Report on vaccination in Madras 1904-1921 - 1904-1921
Year: 1904
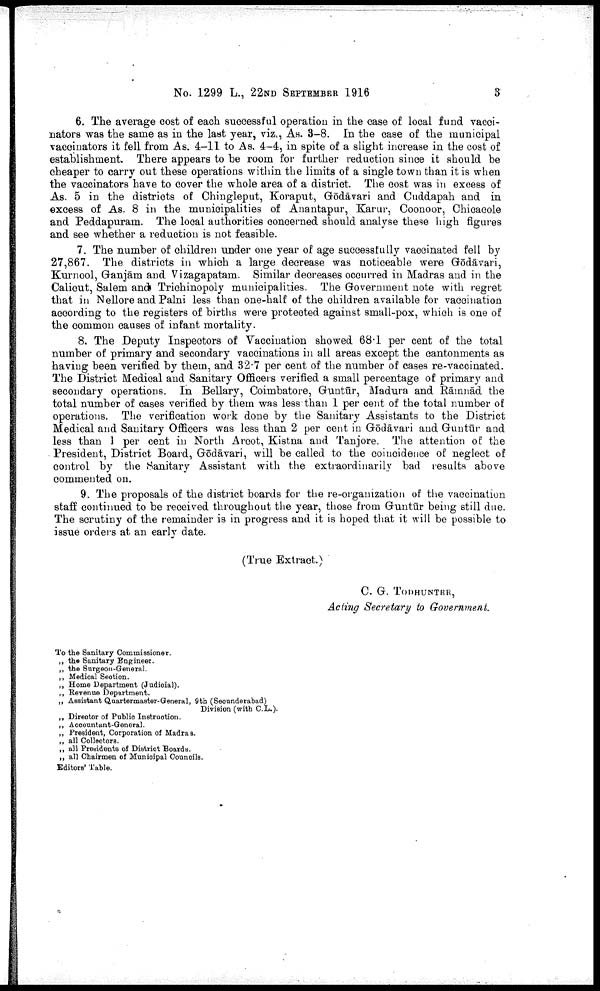
No. 1299 L., 22ND SEPTEMBER 1916
3
6. The average cost of each successful operation in the case of local fund vacci
nators was the same as in the last year, viz., As. 3-8. In the case of the municipal
vaccinators it fell from As. 4-11 to As. 4-4, in spite of a slight increase in the cost of
establishment. There appears to be room for further reduction since it should be
cheaper to carry out these operations within the limits of a single town than it is when
the vaccinators have to cover the whole area of a district. The cost was in excess of
As. 5 in the districts of Chingleput, Koraput, Gōdāvari and Cuddapah and in
excess of As. 8 in the municipalities of Anantapur, Karur, Coonoor, Chicacole
and Peddapuram. The local authorities concerned should analyse these high figures
and see whether a reduction is not feasible.
7. The number of children under one year of age successfully vaccinated fell by
27,867. The districts in which a large decrease was noticeable were Gōdāvari,
Kurnool, Ganjām and Vizagapatam. Similar decreases occurred in Madras and in the
Calicut, Salem and Trichinopoly municipalities. The Government note with regret
that in Nellore and Palni less than one-half of the children available for vaccination
according to the registers of births were protected against small-pox, which is one of
the common causes of infant mortality.
8. The Deputy Inspectors of Vaccination showed 68.1 per cent of the total
number of primary and secondary vaccinations in all areas except the cantonments as
having been verified by them, and 32.7 per cent of the number of cases re-vaccinated.
The District Medical and Sanitary Officers verified a small percentage of primary and
secondary operations. In Bellary, Coimbatore, Guntūr, Madura and Rāmnād the
total number of cases verified by them was less than 1 per cent of the total number of
operations. The verification work done by the Sanitary Assistants to the District
Medical and Sanitary Officers was less than 2 per cent in Gōdāvari and Guntūr and
less than 1 per cent in North Arcot, Kistna and Tanjore. The attention of the
President, District Board, Gōdavari, will be called to the coincidence of neglect of
control by the Sanitary Assistant with the extraordinarily bad results above
commented on.
9. The proposals of the district boards for the re-organization of the vaccination
staff continued to be received throughout the year, those from Guntūr being still due.
The scrutiny of the remainder is in progress and it is hoped that it will be possible to
issue orders at an early date.
(True Extract.)
C. G. TODHUNTER,
Acting Secretary to Government.
To the Sanitary Commissioner.
„ the Sanitary Engineer.
„ the Surgeon-General.
„ Medical Section.
„ Home Department (Judicial).
„ Revenue Department.
„ Assistant Quartermaster-General, 9th (Secunderabad)
Division (with C.L.).
„ Director of Public Instruction.
„ Accountant-General.
„ President, Corporation of Madras.
„ all Collectors.
„ all Presidents of District Boards.
„ all Chairmen of Municipal Councils.
Editors' Table.